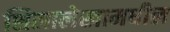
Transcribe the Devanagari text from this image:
शिलालेखामधील